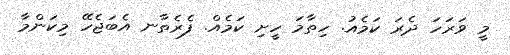
މީ ވަރަހަ ދެރަ ކަމެއު. ހިތާމަ ހީށި ކަމެއް. ފެރެތާނ އެބަޖެހޭ މިކަންމާ